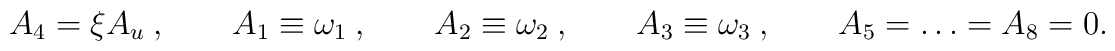
A_4 = \xi A_u \ , \qquad A_1 \equiv \omega_1\ , \qquad A_2 \equiv\omega_2\ , \qquad A_3 \equiv \omega_3\ , \qquad A_5 = \dots = A_8=0.